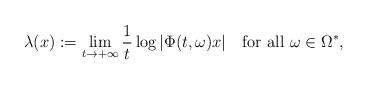
LaTeX: \begin{align*}\lambda(x):=\lim_{t\rightarrow+\infty}\frac1t\log|\Phi(t,\omega)x|\quad{\rm for\ all}\ \omega\in\Omega^\ast,\end{align*}